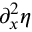
\partial _ { x } ^ { 2 } \eta